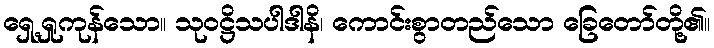
ရှေ့ရှုကုန်သော။ သုဝဋ္ဌိသပါဒါနိ၊ ကောင်းစွာတည်သော ခြေတော်တို့၏။